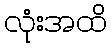
လုံးအထိ